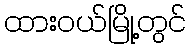
ထားဝယ်မြို့တွင်